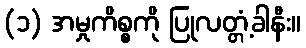
(၁) အမှုကိစ္စကို ပြုလတ္တံ့ခါနီး။